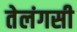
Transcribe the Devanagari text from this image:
तेलंगसी